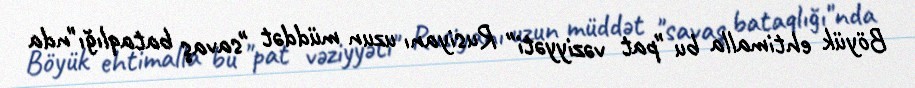
Böyük ehtimalla bu "pat vəziyyəti" Rusiyanı uzun müddət "savaş bataqlığı"nda